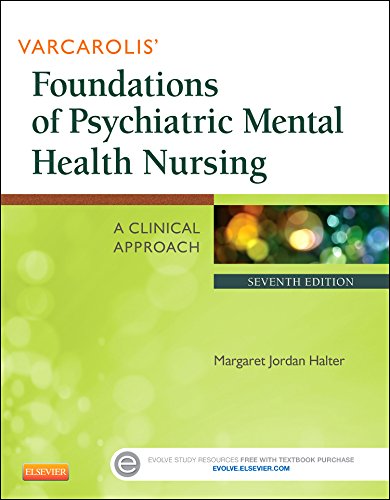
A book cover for Varcarolis' Foundations of Psychiatric Mental Health Nursing: A Clinical Approach, 7e; Margaret Jordan Halter PhD  PMHCNS; Medical Books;